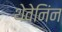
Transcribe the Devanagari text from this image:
थेवेनिंन